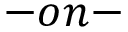
- o n -